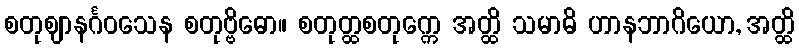
စတုဈာနင်္ဂဝသေန စတုဗ္ဗိဓော။ စတုတ္ထစတုက္ကေ အတ္ထိ သမာဓိ ဟာနဘာဂိယော, အတ္ထိ